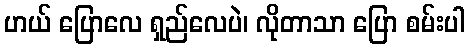
ဟယ် ပြောလေ ရှည်လေပဲ၊ လိုတာသာ ပြော စမ်းပါ